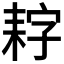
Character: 𮋩